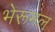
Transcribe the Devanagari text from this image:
भेरूमल